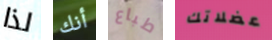
لذا أنك طباع عضلاتك